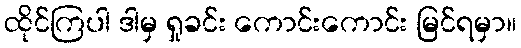
ထိုင်ကြပါ ဒါမှ ရှုခင်း ကောင်းကောင်း မြင်ရမှာ။